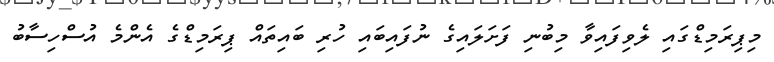
މިޕިރަމިޑްގައި ލެވިފައިވާ މިބުނި ފަށަލައިގެ ނުފައިބައި ހުރި ބައިތައް ޕިރަމިޑްގެ އެންމެ އުސްހިސާބު